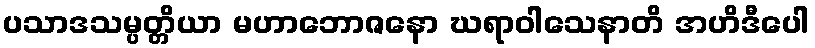
ပသာဒသမ္ပတ္တိယာ မဟာဘောဇနော ဃရာဝါသေနာတိ အဟိဒီပေါ